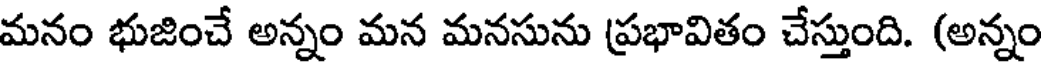
మనం భుజించే అన్నం మన మనసును ప్రభావితం చేస్తుంది. (అన్నం